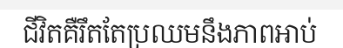
ជីវិតគឺរឹតតែប្រឈមនឹងភាពអាប់